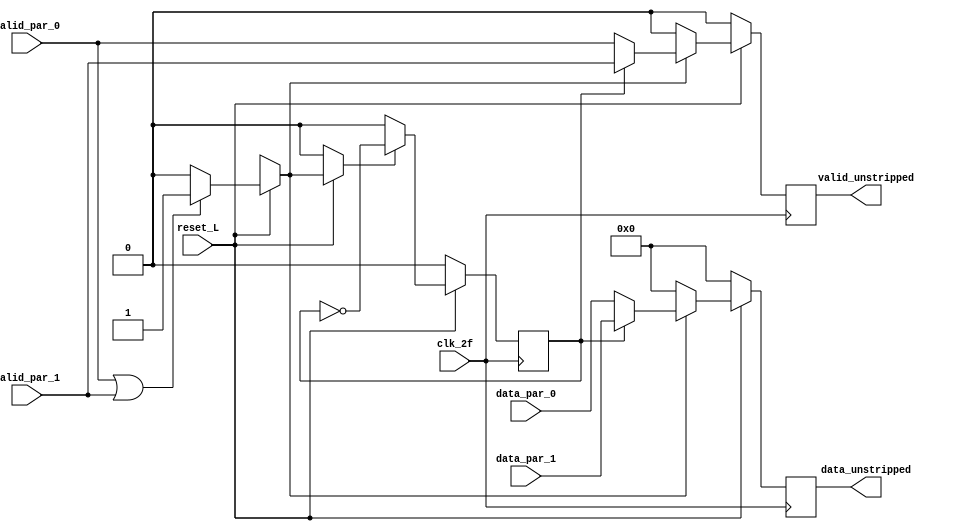

module byte_unstripping(
                        output reg[7:0] data_unstripped,     //salida a data demux, cambia con clk_2f
                        output reg      valid_unstripped,
                        input           clk_2f,
                        input           reset_L,
                        input[7:0]      data_par_0,      //entradas data stripe cambian 
                        input[7:0]      data_par_1,      //tomando como referencia clk_f
                        input           valid_par_0,
                        input           valid_par_1);

//Banderas y senales internas
    
    reg selector, lectura, valid_reg;
    reg [7:0] data_us;
//bloques always
    always @(*)begin
    data_us='b0;
    valid_reg='b0;
    lectura='b0;
        if(!reset_L)begin
            data_us='b0;
            valid_reg='b0;
            lectura='b0;
        end
        else begin
            if(valid_par_0==1 || valid_par_1==1)begin
                lectura='b1;
            end
            else begin
                lectura='b0;
            end
            if(lectura==1)begin
                if(selector==0)begin
                    data_us=data_par_0;
                    valid_reg=valid_par_0;
                end
                else begin
                    data_us=data_par_1;
                    valid_reg=valid_par_1;
                end
            end
        end
    end

    always @(posedge clk_2f)begin
        if (!reset_L) begin
            selector<='b0;
            valid_unstripped<=0;
            data_unstripped<=0;
        end 
        else begin
            if(lectura==1)begin
                selector<=~selector;
            end
            else begin
                selector<='b0;
            end
            data_unstripped<=data_us;
            valid_unstripped<=valid_reg;
        end
    end
endmodule